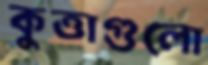
কুত্তাগুলো